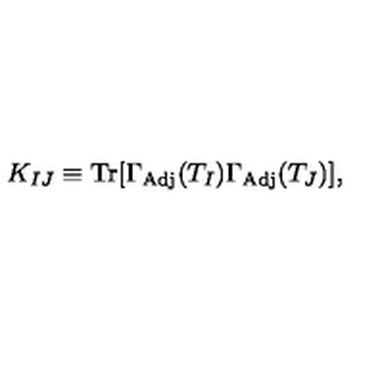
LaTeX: K _ { I J } \equiv \mathrm { T r } [ \Gamma _ { \mathrm { A d j } } ( T _ { I } ) \Gamma _ { \mathrm { A d j } } ( T _ { J } ) ] ,